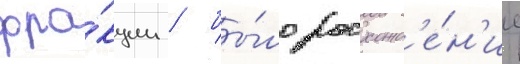
фра́кции / бы́ло расхожд'е́н'ие